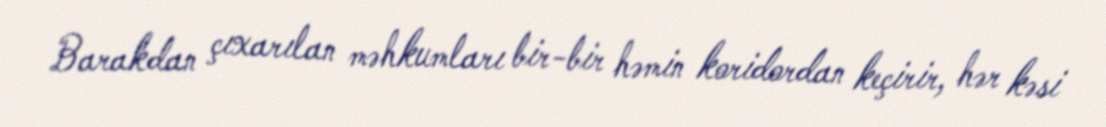
Barakdan çıxarılan məhkumları bir-bir həmin koridordan keçirir, hər kəsi